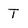
Character: t